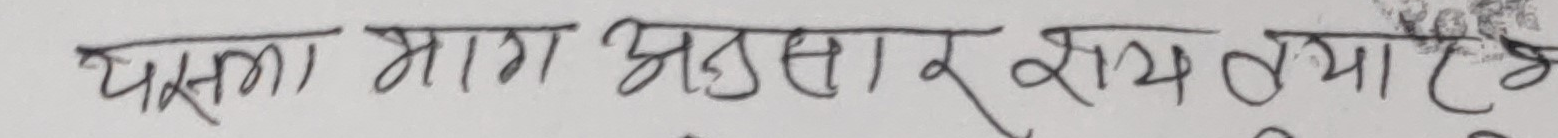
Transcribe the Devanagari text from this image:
पस्ता माग अनुसार रायतथा छौ